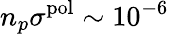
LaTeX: n_{p}\sigma^{\mathrm{pol}}\sim 10^{-6}